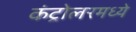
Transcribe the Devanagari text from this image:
कंट्रोलरमध्ये